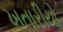
ખતારીયો